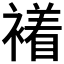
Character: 𧝙